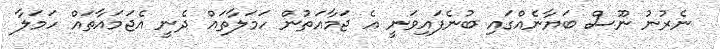
ނެރުނު ނޫސް ބަޔާނެއްގައި ބުނެފައިވަނީ އެ ޖަމާއަތުން ހަމަލާތައް ދެނީ އެޖަމައާތައް ހަމަލާ